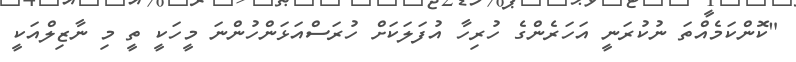
"ކޮންކަމެއްތަ ނުކުރަނީ އަހަރެންގެ ހުރިހާ އުފަލަކަށް ހުރަސްއަޅަންހުންނަ މީހަކީ ތީ މި ނާޒިލްއަކީ